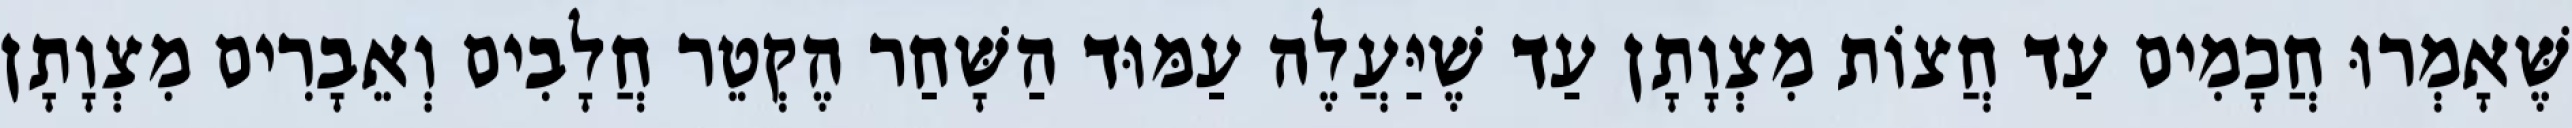
שֶּׁאָמְרוּ חֲכָמִים עַד חֲצוֹת מִצְוָתָן עַד שֶׁיַּעֲלֶה עַמּוּד הַשָּׁחַר הֶקְטֵר חֲלָבִים וְאֵבָרִים מִצְוָתָן